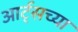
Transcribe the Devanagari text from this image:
आर्ट्‌सच्या